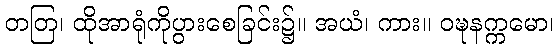
တတြ၊ ထိုအာရုံကိုပွားစေခြင်း၌။ အယံ၊ ကား။ ဝဍ္ဎနက္ကမော၊